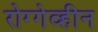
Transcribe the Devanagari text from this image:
रोग्गेव्हीन